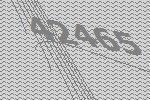
42465